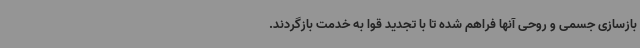
بازسازی جسمی و روحی آنها فراهم شده تا با تجدید قوا به خدمت بازگردند.